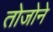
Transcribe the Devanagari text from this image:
तोजोने